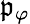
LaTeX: \mathfrak{p}_{\varphi}